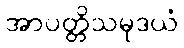
အာပတ္တိသမုဒယံ